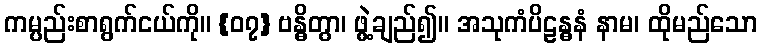
ကမ္ပည်းစာရွက်ငယ်ကို။ {၀၇} ဗန္ဓိတွာ၊ ဖွဲ့ချည်၍။ အသုကံပိဠန္ဓနံ နာမ၊ ထိုမည်သော